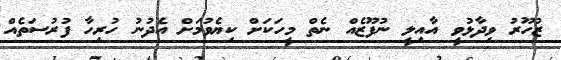
ޒުހޫރު ވިދާޅުވީ އާއިލީ ނުފޫޒެއް ނެތް މީހަކަށް ކިޔެވުމަށް އެދުނު ހުރިހާ ފުރުސަތެއް